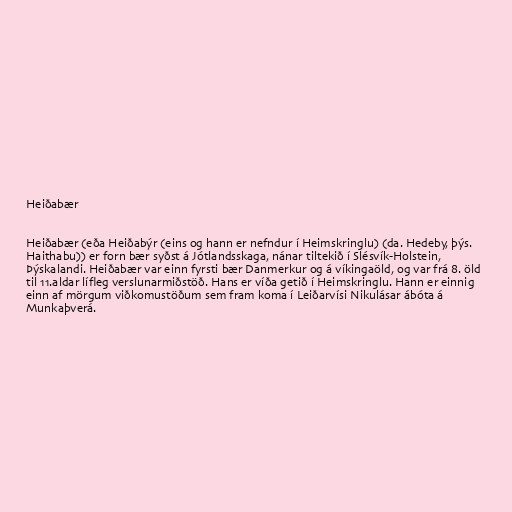
Heiðabær

Heiðabær (eða Heiðabýr (eins og hann er nefndur í Heimskringlu) (da. Hedeby, þýs.
Haithabu)) er forn bær syðst á Jótlandsskaga, nánar tiltekið í Slésvík-Holstein,
Þýskalandi. Heiðabær var einn fyrsti bær Danmerkur og á víkingaöld, og var frá 8. öld
til 11.aldar lífleg verslunarmiðstöð. Hans er víða getið í Heimskringlu. Hann er einnig
einn af mörgum viðkomustöðum sem fram koma í Leiðarvísi Nikulásar ábóta á
Munkaþverá.